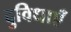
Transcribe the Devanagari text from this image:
दुविधाएँ